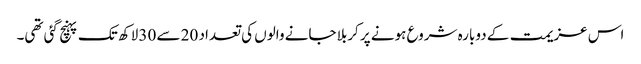
اس عزیمت کے دوبارہ شروع ہونے پر کربلا جانے والوں کی تعداد 20 سے 30 لاکھ تک پہنچ گئی تھی۔